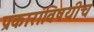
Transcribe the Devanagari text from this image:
प्रकारांविषयीच